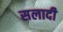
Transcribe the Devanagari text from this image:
सलादी